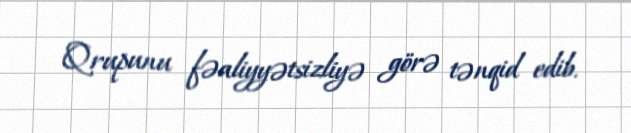
Qrupunu fəaliyyətsizliyə görə tənqid edib.